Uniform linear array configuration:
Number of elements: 8
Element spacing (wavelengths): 0.25
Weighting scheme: hann
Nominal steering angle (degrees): -60
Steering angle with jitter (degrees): -61.178
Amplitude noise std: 0.05
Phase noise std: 0.05

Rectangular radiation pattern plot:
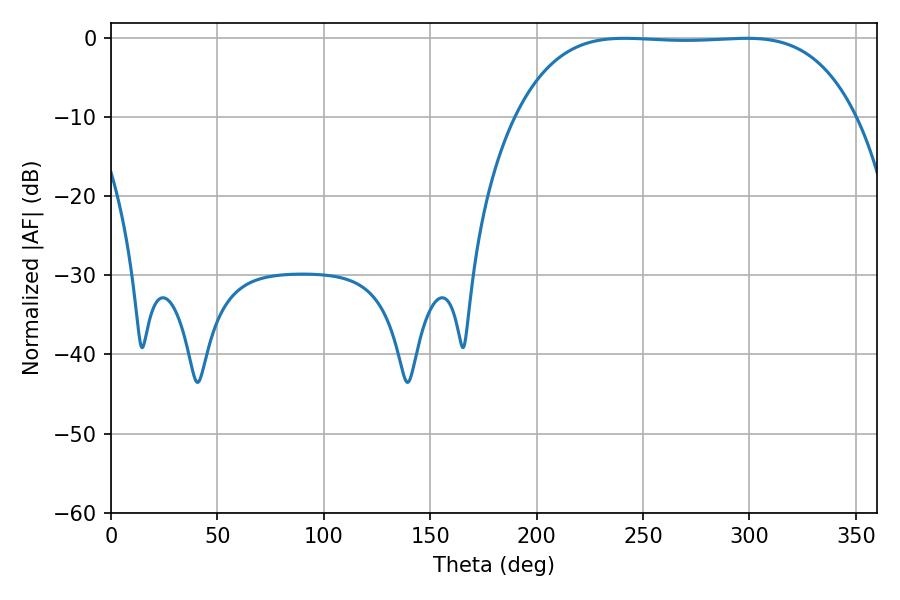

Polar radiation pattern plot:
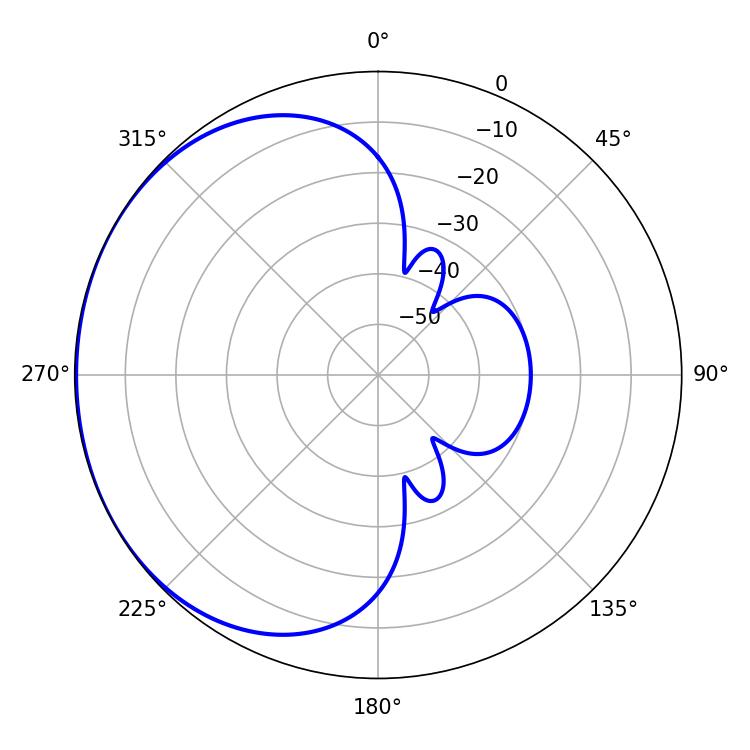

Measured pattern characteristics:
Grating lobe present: FALSE
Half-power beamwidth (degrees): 123.84
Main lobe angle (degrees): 241.38